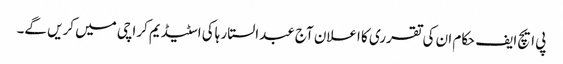
پی ایچ ایف حکام ان کی تقرری کا اعلان آج عبدالستار ہاکی اسٹیڈیم کراچی میں کریں گے۔